Annual report on the lock hospitals of the Madras Presidency
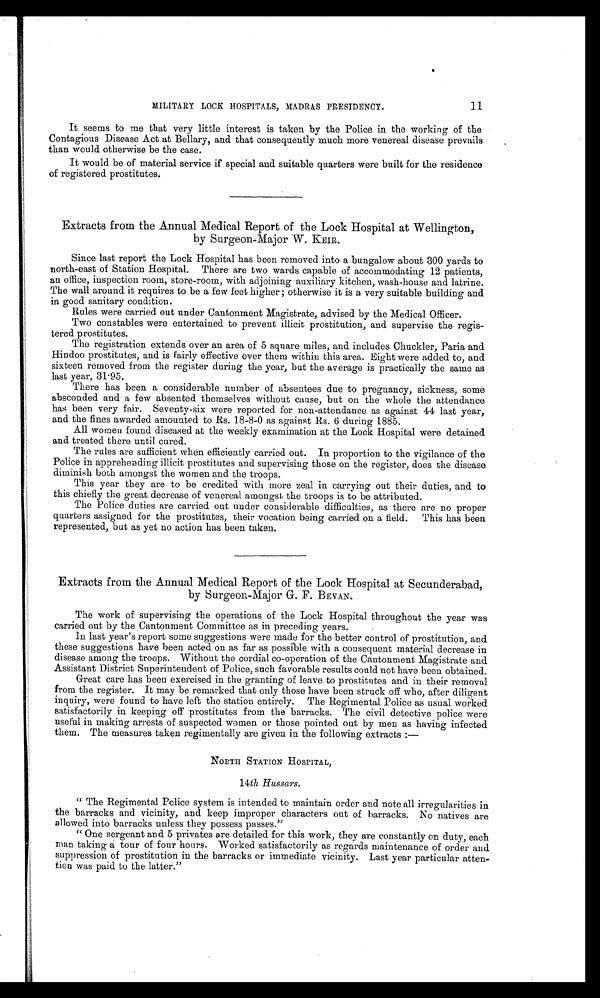
11
a
MILITARY LOCK HOSPITALS, MADRAS PRESIDENCY.
It seems to me that very little interest is taken by the Police in the working of the
Contagious Disease Act at Bellary, and that consequently much more venereal disease prevails
than would otherwise be the case.
It would be of material service if special and suitable quarters were built for the residence
of registered prostitutes.
Extracts from the Annual Medical Report of the Lock Hospital at Wellington,
by Surgeon-Major W. KEIR.
Since last report the Lock Hospital has been removed into a bungalow about 300 yards to
north-east of Station Hospital. There are two wards capable of accommodating 12 patients,
an office, inspection room, store-room, with adjoining auxiliary kitchen, wash-house and latrine.
The wall around it requires to be a few feet higher ; otherwise it is a very suitable building and
in good sanitary condition.
Rules were carried out under Cantonment Magistrate, advised by the Medical Officer.
Two constables were entertained to prevent illicit prostitution, and supervise the regis-
tered prostitutes.
The registration extends over an area of 5 square miles, and includes Chuckler, Paria and
Hindoo prostitutes, and is fairly effective over them within this area. Eight were added to, and
sixteen removed from the register during the year, but the average is practically the same as
last year, 31.95.
There has been a considerable number of absentees due to pregnancy, sickness, some
absconded and a few absented themselves without cause, but on the whole the attendance
has been very fair. Seventy-six were reported for non-attendance as against 44 last year,
and the fines awarded amounted to Rs. 18-8-0 as against Rs. 6 during 1885.
All women found diseased at the weekly examination at the Lock Hospital were detained
and treated there until cured.
The rules are sufficient when efficiently carried out. In proportion to the vigilance of the
Police in apprehending illicit prostitutes and supervising those on the register, does the disease
diminish both amongst the women and the troops.
This year they are to be credited with more zeal in carrying out their duties, and to
this chiefly the great decrease of venereal amongst the troops is to be attributed.
The Police duties are carried out under considerable difficulties, as there are no proper
quarters assigned for the prostitutes, their vocation being carried on a field. This has been
represented, but as yet no action has been taken.
Extracts from the Annual Medical Report of the Lock Hospital at Secunderabad,
by Surgeon-Major G. F. BEVAN.
The work of supervising the operations of the Lock Hospital throughout the year was
carried out by the Cantonment Committee as in preceding years.
In last year's report some suggestions were made for the better control of prostitution, and
these suggestions have been acted on as far as possible with a consequent material decrease in
disease among the troops. Without the cordial co-operation of the Cantonment Magistrate and
Assistant District Superintendent of. Police, such favorable results could not have been obtained.
Great care has been exercised in the granting of leave to prostitutes and in their removal
from the register. It may be remarked that only those have been struck off who, after diligent
inquiry, were found to have left the station entirely. The Regimental Police as usual worked
satisfactorily in keeping off prostitutes from the barracks. The civil detective police were
useful in making arrests of suspected women or those pointed out by men as having infected
them. The measures taken regimentally are given in the following extracts
: —
NORTH STATION HOSPITAL,
14th Hussars.
" The Regimental Police system is intended to maintain order and note all irregularities in
the barracks and vicinity, and keep improper characters out of barracks. No natives are
allowed into barracks unless they possess passes."
"One sergeant and 5 privates are detailed for this work, they are constantly on duty, each
man taking a tour of four hours. Worked satisfactorily as regards maintenance of order and
suppression of prostitution in the barracks or immediate vicinity. Last year particular atten-
tion was paid to the latter."